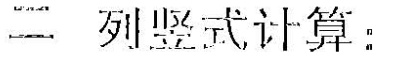
二列竖式计算：